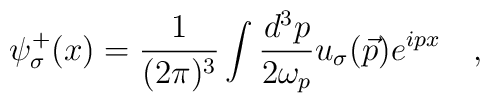
\psi^+_\sigma (x) = \frac{1}{(2\pi)^3} \int\frac{d^3 p}{2\omega_p} u_\sigma (\vec p) e^{ipx} \quad,